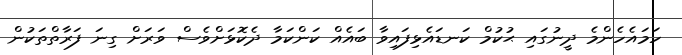
ހަމައެހެންމެ ދީނުގައި ޙުކުމް ކަނޑައެޅިފައިވާ ބައެއް ކަންކަމާ ދެކޮޅަށްވެސް ވަރަށް ގިނަ ފަރާތްތަކުން